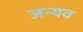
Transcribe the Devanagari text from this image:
जन्यव